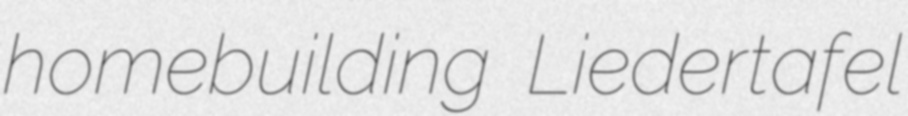
homebuilding Liedertafel